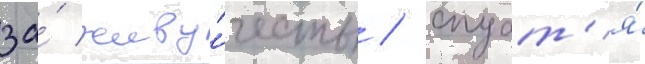
за́ живу́честь / спуст'я́